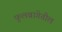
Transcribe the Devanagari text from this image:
फुलबागेतील